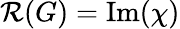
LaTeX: {\mathcal{R}}(G)={\mathrm{Im}}(\chi)